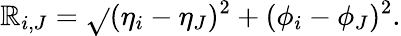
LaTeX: \mathbb{R}_{i,J}=\sqrt{}{{(\eta_{i}-\eta_{J})^{2}+(\phi_{i}-\phi_{J})^{2}}}.